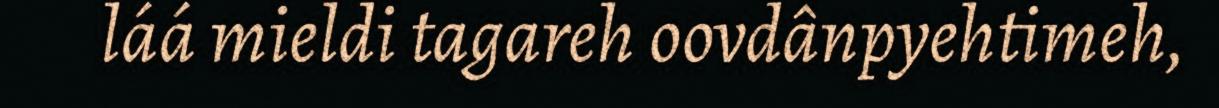
láá mieldi tagareh oovdânpyehtimeh,